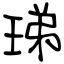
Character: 珶